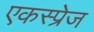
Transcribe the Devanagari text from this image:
एकस्प्रेज